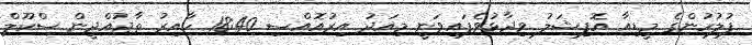
ފުލުހުންގެ މީޑިއާ އޮފިޝަލު ވިދާޅުވެފައިވަނީ މިއަދު އިރުއޮއްސި 18:40 ހާއިރު ތާޖުއްދީން ސްކޫލް